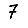
Digit: 7